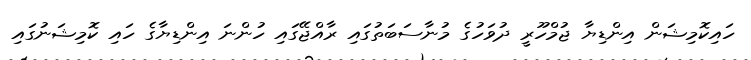
ހައިކޮމިޝަން އިންޑިޔާ ޖުމްހޫރީ ދުވަހުގެ މުނާސަބަތުގައި ރާއްޖޭގައި ހުންނަ އިންޑިޔާގެ ހައި ކޮމިޝަނުގައި